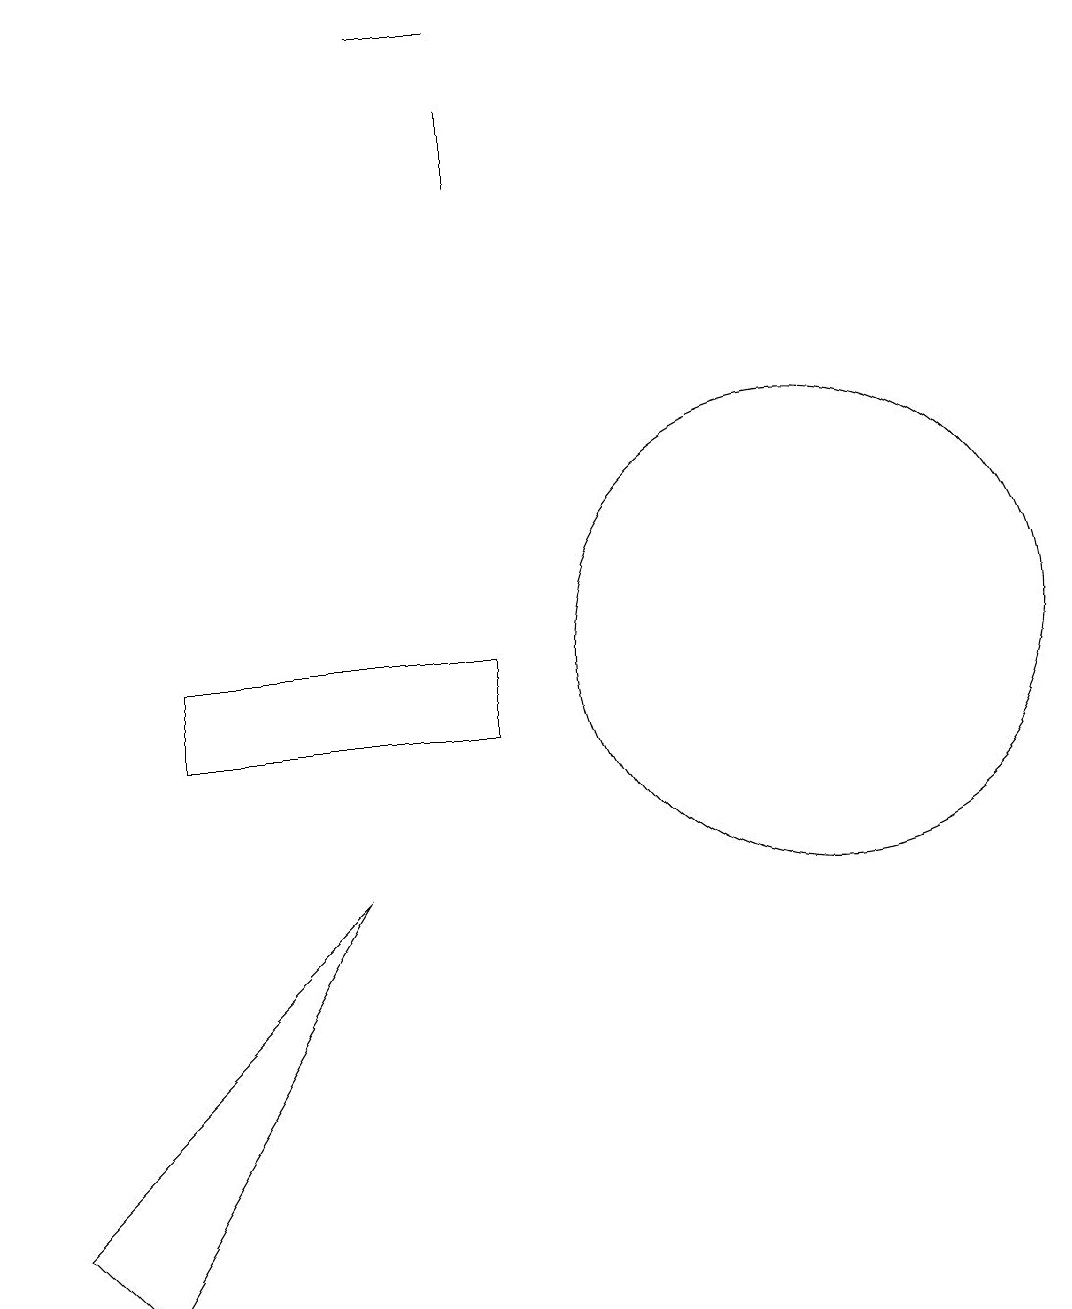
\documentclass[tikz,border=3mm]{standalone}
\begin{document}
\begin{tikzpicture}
\draw (10,11) circle (3);
\draw (5,19) rectangle (6,19);
\draw (6,17) rectangle (6,18);
\draw (6,10) rectangle (2,11);
\draw (4,8) -- (0,4) -- (1,3) -- cycle;
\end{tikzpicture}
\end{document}